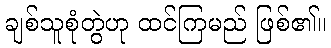
ချစ်သူစုံတွဲဟု ထင်ကြမည် ဖြစ်၏။